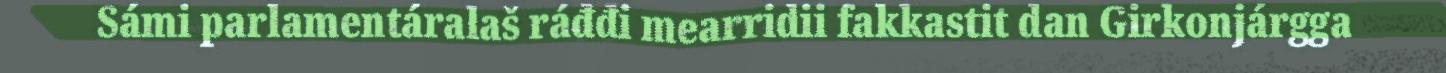
Sámi parlamentáralaš ráđđi mearridii fakkastit dan Girkonjárgga